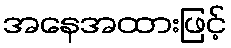
အနေအထားဖြင့်